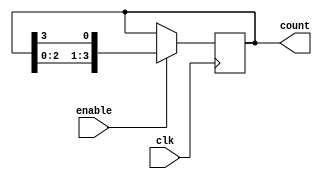
module Johnson_Counter_Enable (
    input wire clk,
    input wire enable,
    output reg [3:0] count
);

always @(posedge clk) begin
    if (enable) begin
        // Johnson counter logic
        count <= {count[2:0], count[3]};
    end
end

endmodule